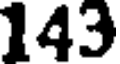
143